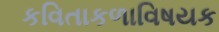
કવિતાકળાવિષયક